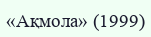
«Ақмола» (1999)